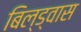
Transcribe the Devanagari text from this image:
बिल्ड्वास